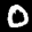
Label: 0